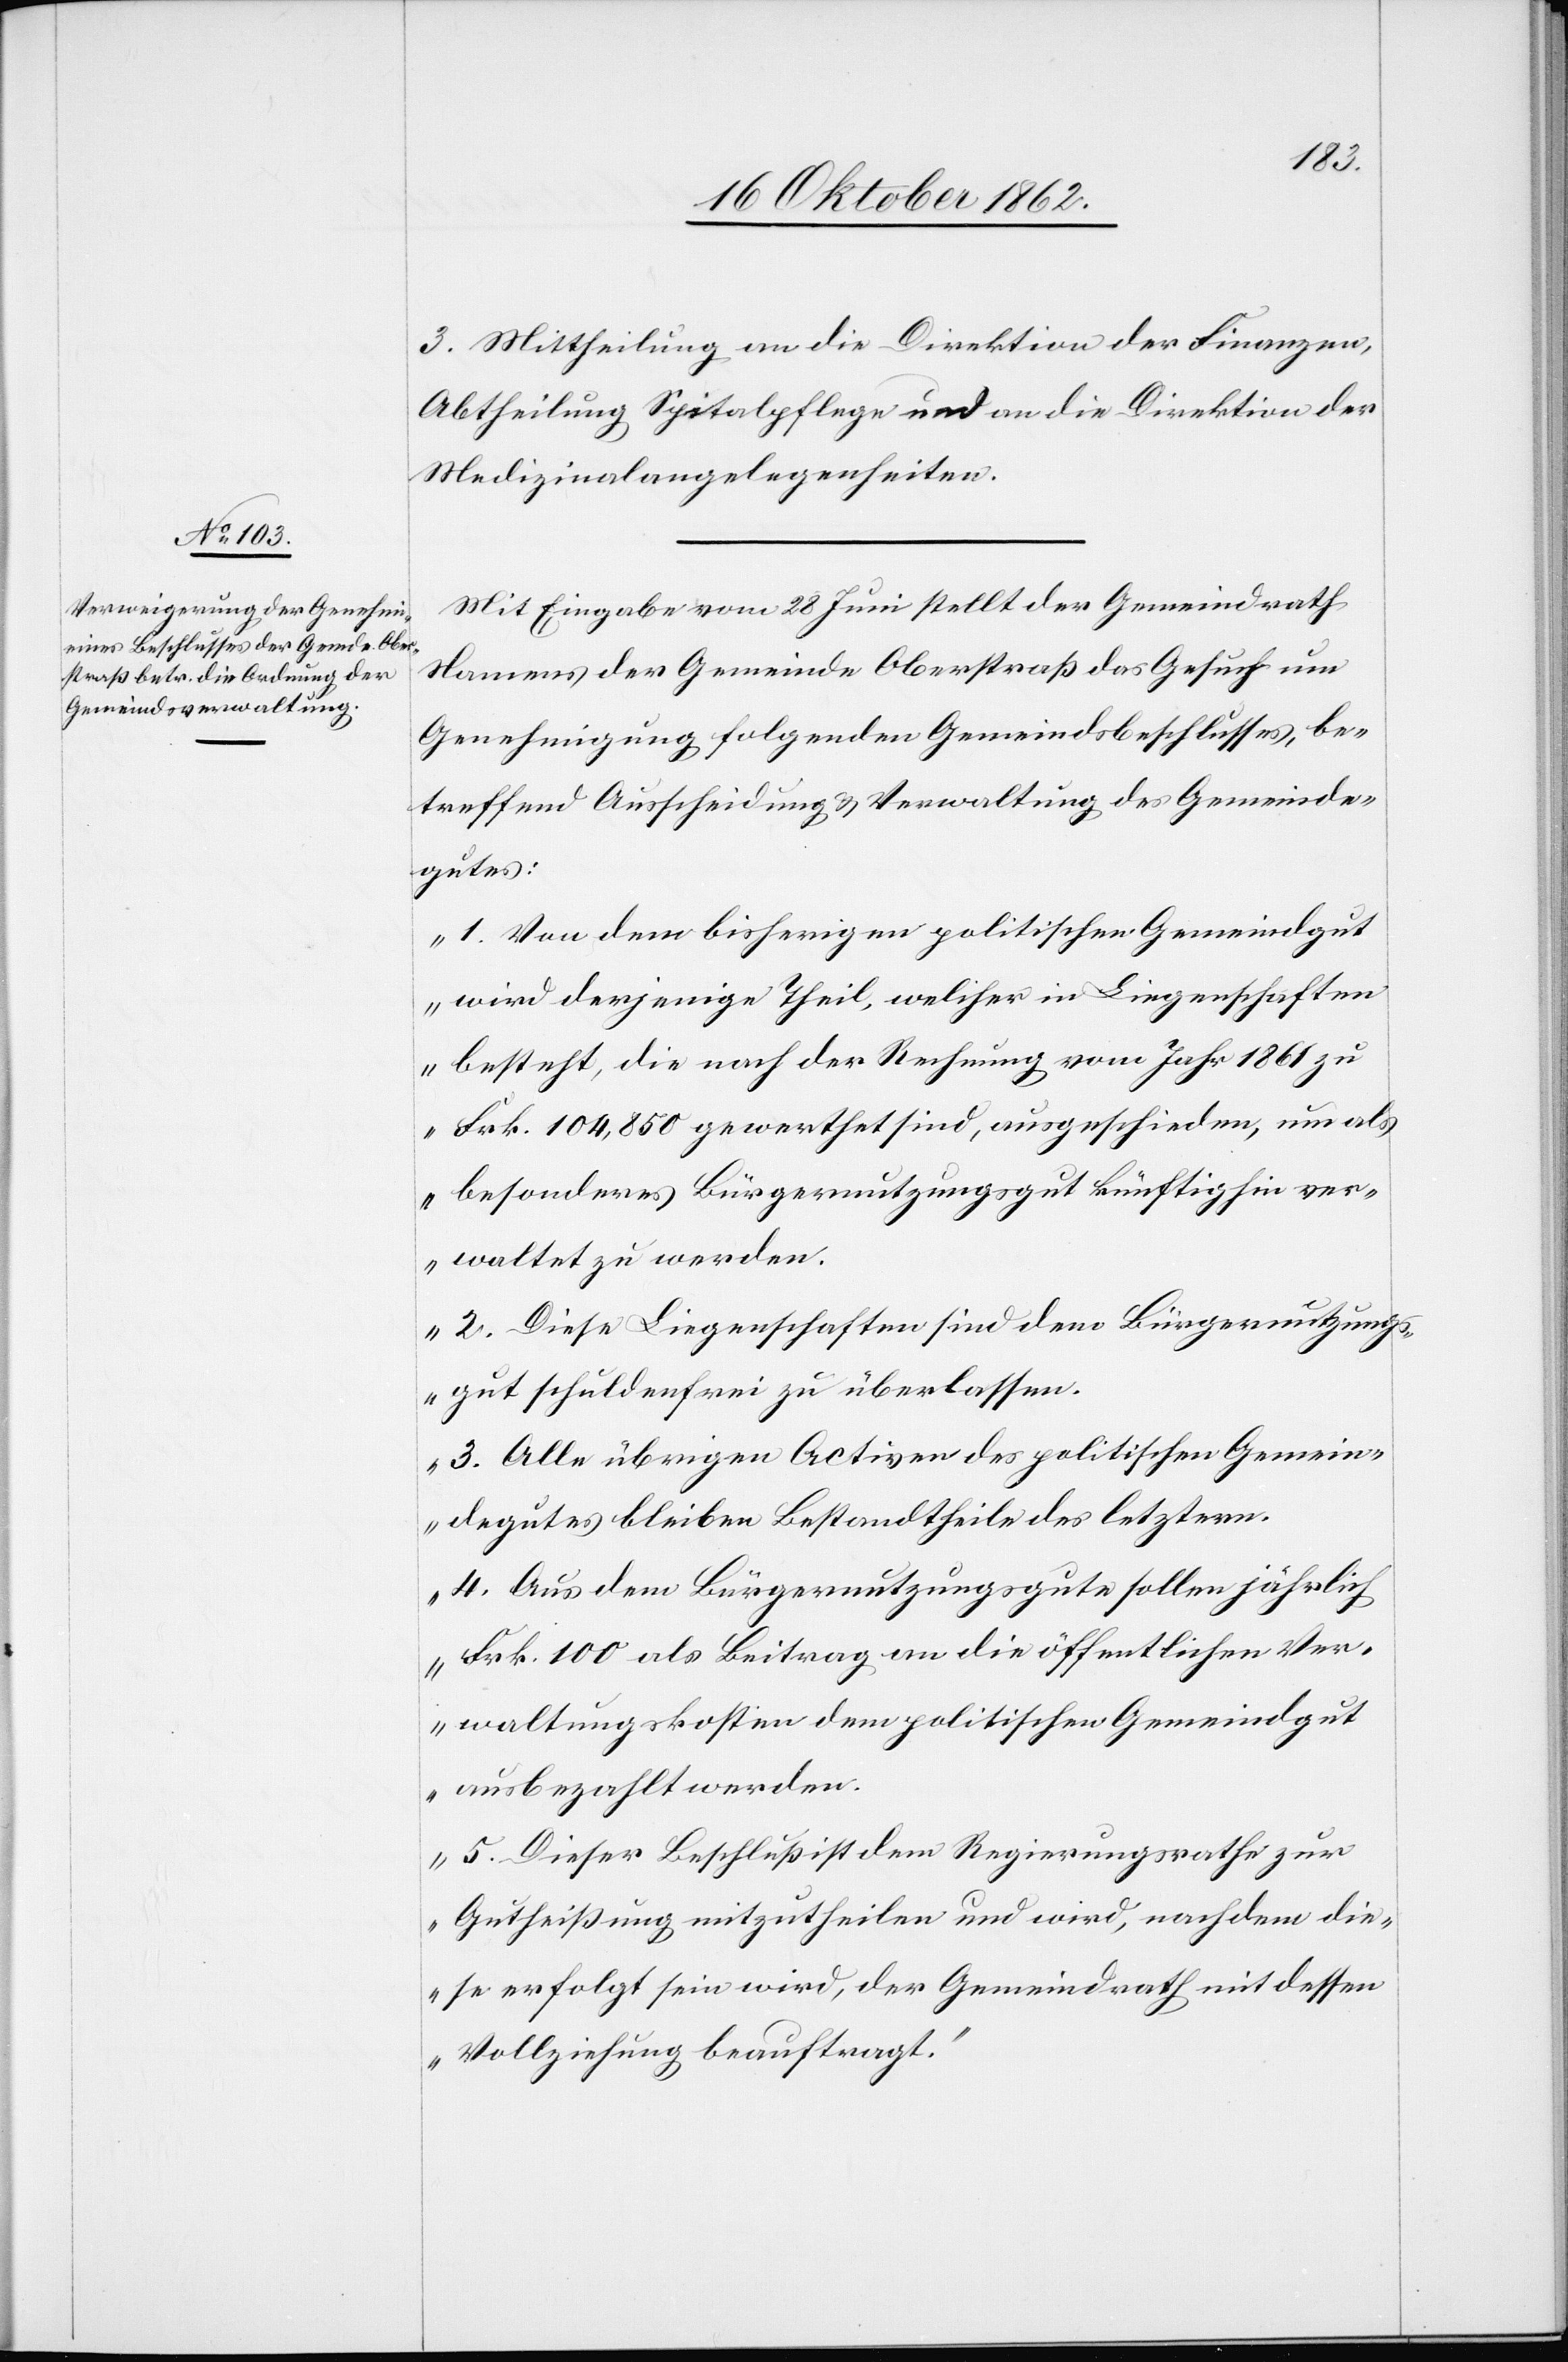
3. Mittheilung an die Direktion der Finanzen,
Abtheilung Spitalpflege und an die Direktion der
Medizinalangelegenheiten.
Mit Eingabe vom 28. Juni stellt der Gemeindrath
Namens der Gemeinde Oberstraß das Gesuch um
Genehmigung folgenden Gemeindsbeschlusses, be¬
treffend Ausscheidung u. Verwaltung des Gemeinde¬
gutes:
„1. Von dem bisherigen politischen Gemeindgut
wird derjenige Theil, welcher in Liegenschaften
besteht, die nach der Rechnung vom Jahr 1861 zu
Frk. 104,850 gewerthet sind, ausgeschieden, um als
besonderes Bürgernutzungsgut künftighin ver¬
waltet zu werden.
2. Diese Liegenschaften sind dem Bürgernutzungs¬
gut schuldenfrei zu überlassen.
3. Alle übrigen Activen des politischen Gemein¬
degutes bleiben Bestandtheile des Letztern.
4. Aus dem Bürgernutzungsgute sollen jährlich
Frk. 100 als Beitrag an die öffentlichen Ver¬
waltungskosten dem politischen Gemeindgut
ausbezahlt werden.
5. Dieser Beschluß ist dem Regierungsrathe zur
Gutheißung mitzutheilen und wird, nachdem die¬
ser erfolgt sein wird, der Gemeindrath mit dessen
Vollziehung beauftragt.“